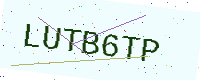
Text: LUTB6TP